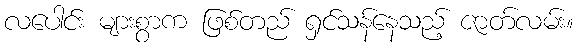
လပေါင်း များစွာက ဖြစ်တည် ရှင်သန်နေသည့် ဇာတ်လမ်း။